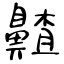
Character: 齄